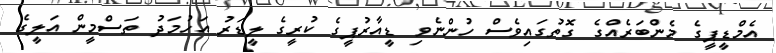
އެމްޑީޕީގެ މެންބަރެއްގެ ގޮތުގައިވެސް ހުންނެވި ޑީއާރުޕީގެ ކުރީގެ ލީޑަރު އަހުމަދު ތަސްމީން އަލީގެ